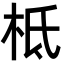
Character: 柢